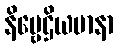
နိဗ္ဗေဌိယမာနာ